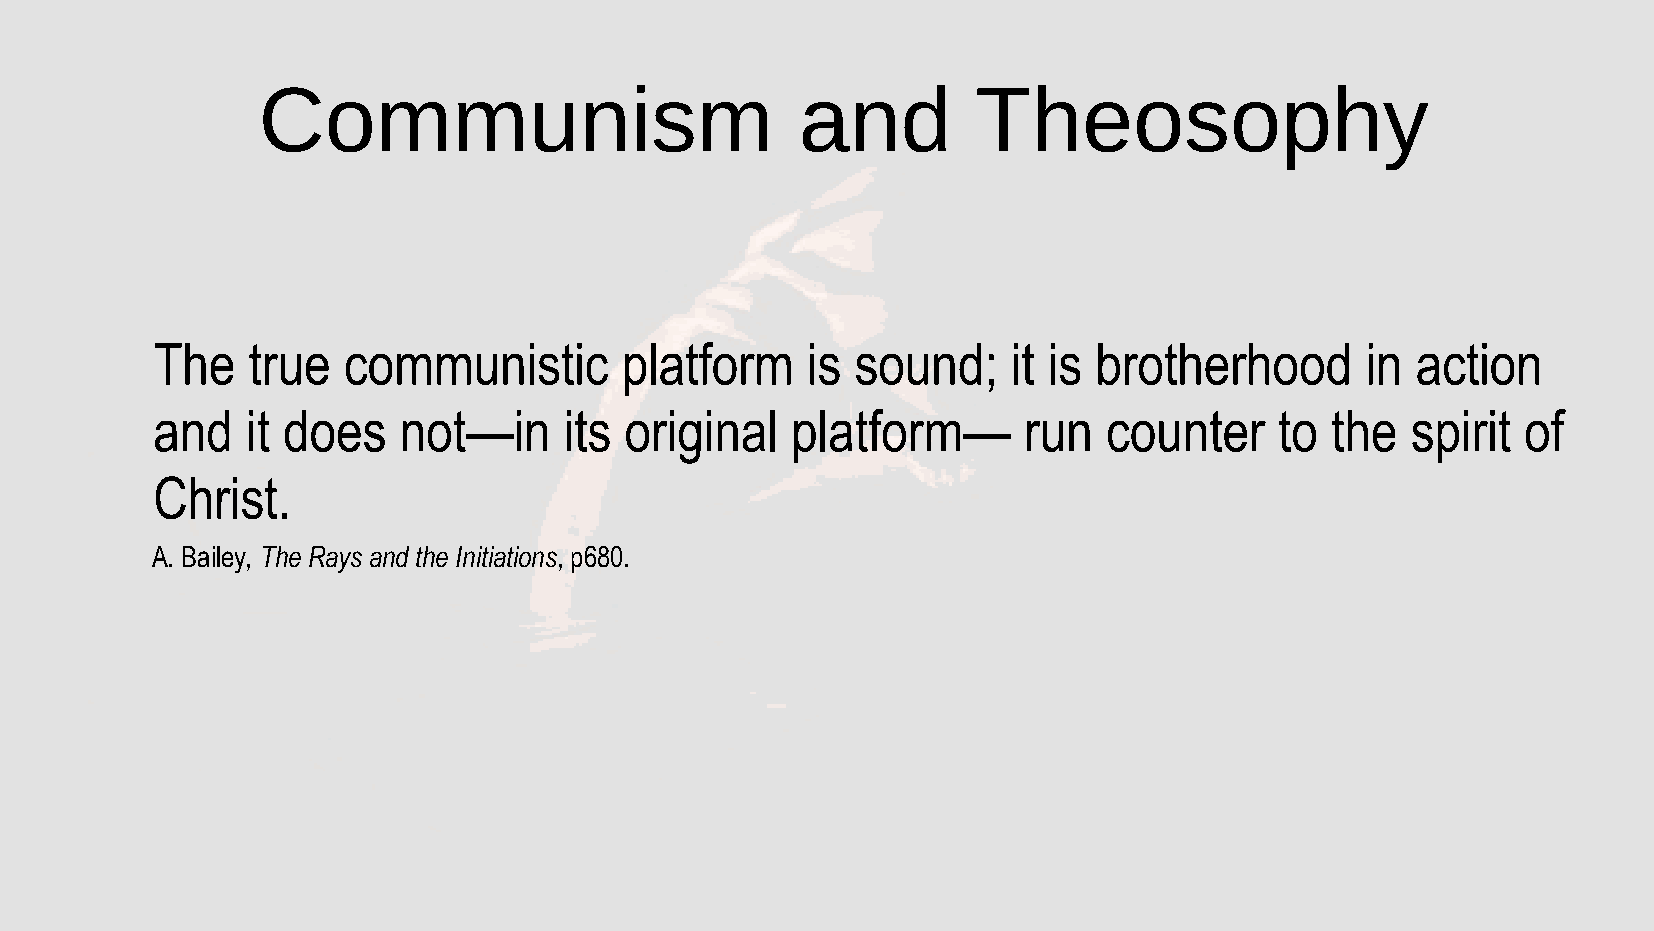
Communism                           and         Theosophy
 The   true   communistic       platform    is  sound;    it is brotherhood      in  action
 and   it does   not—in     its original   platform—       run  counter     to the  spirit  of
 Christ.
 A. Bailey, The Rays and the Initiations, p680.